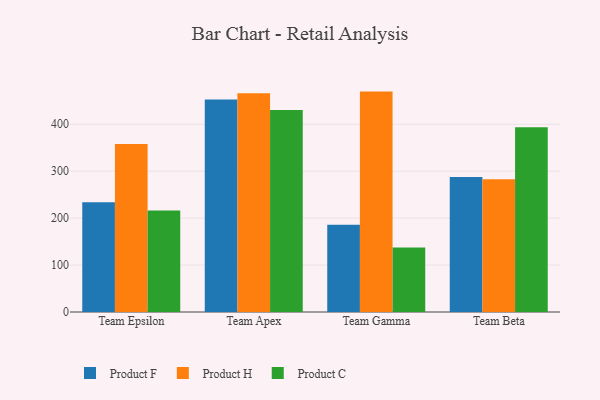
{"axis": {"x": "Team", "y": "Page Views"}, "legend": ["Product C", "Product F", "Product H"], "data": [{"x": "Team Epsilon", "y": 233.8, "type": "Product F"}, {"x": "Team Epsilon", "y": 358.0, "type": "Product H"}, {"x": "Team Epsilon", "y": 216.2, "type": "Product C"}, {"x": "Team Apex", "y": 452.7, "type": "Product F"}, {"x": "Team Apex", "y": 466.2, "type": "Product H"}, {"x": "Team Apex", "y": 430.4, "type": "Product C"}, {"x": "Team Gamma", "y": 186.0, "type": "Product F"}, {"x": "Team Gamma", "y": 469.6, "type": "Product H"}, {"x": "Team Gamma", "y": 137.3, "type": "Product C"}, {"x": "Team Beta", "y": 287.9, "type": "Product F"}, {"x": "Team Beta", "y": 282.8, "type": "Product H"}, {"x": "Team Beta", "y": 393.7, "type": "Product C"}]}